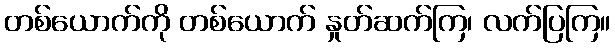
တစ်ယောက်ကို တစ်ယောက် နှုတ်ဆက်ကြ၊ လက်ပြကြ။